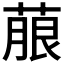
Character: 𮐐